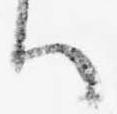
ハ